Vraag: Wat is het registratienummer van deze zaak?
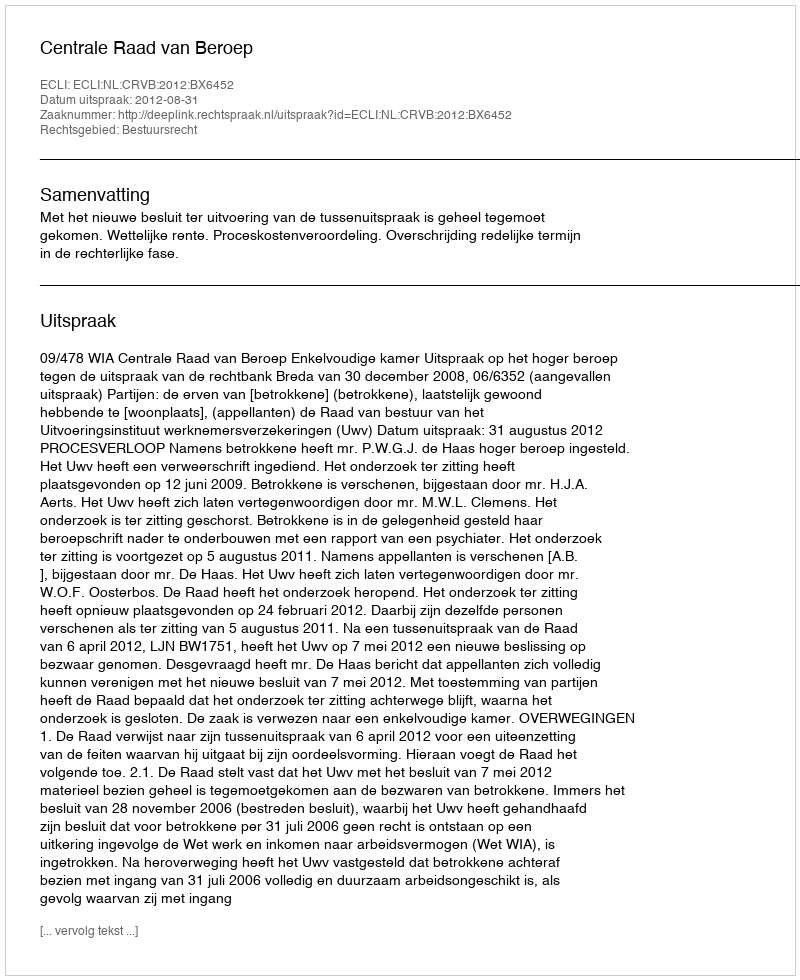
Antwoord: http://deeplink.rechtspraak.nl/uitspraak?id=ECLI:NL:CRVB:2012:BX6452